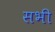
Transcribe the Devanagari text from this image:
सभी